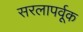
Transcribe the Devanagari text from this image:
सरलापर्वूक